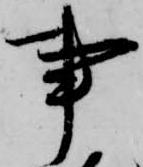
事